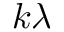
k \lambda